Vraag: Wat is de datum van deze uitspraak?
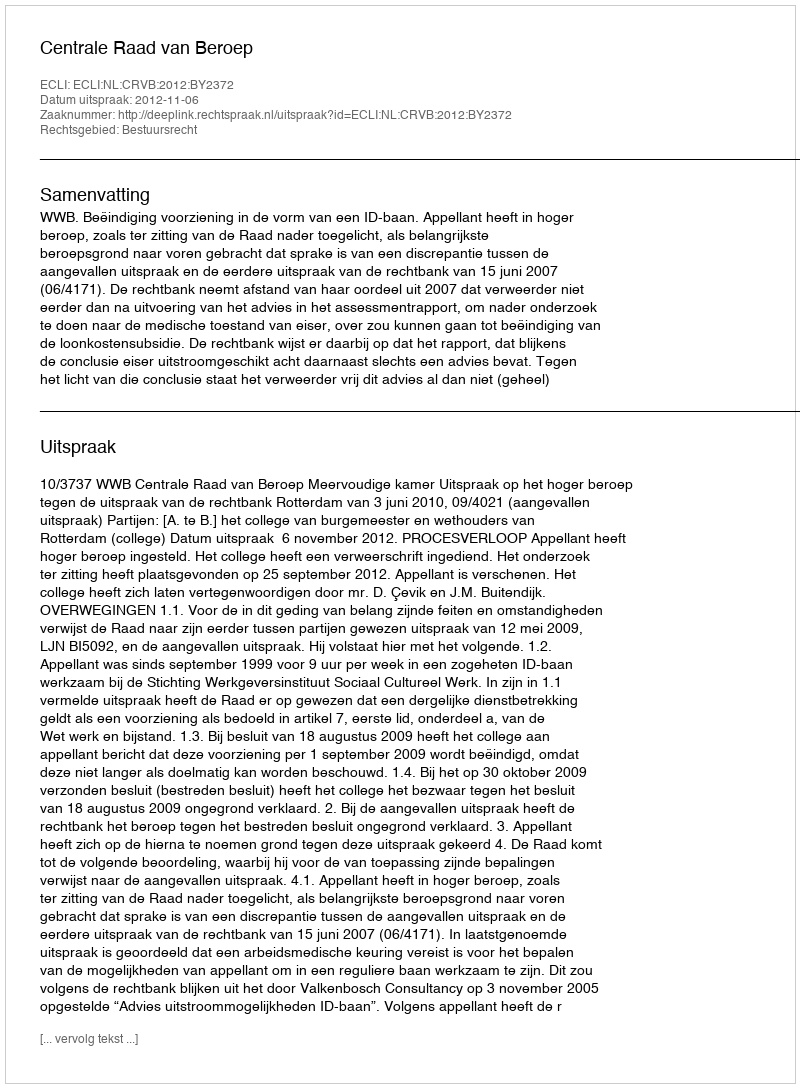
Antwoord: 2012-11-06